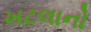
ખટલાનો